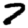
Digit: 7